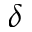
\delta